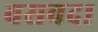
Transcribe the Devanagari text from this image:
वसवदा